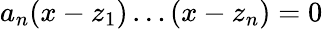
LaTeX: a_{n}(x-z_{1})\dots(x-z_{n})=0